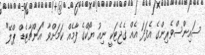
ސައިންސްވެރިންގެ އެފަދަ އެއް ގެޖެޓަކީ ނިއު ޔޯކްގެ ފާމެއް ކަމަށްވާ "އަންޗާޓެޑް ޕްލޭ"